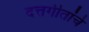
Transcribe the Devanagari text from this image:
दत्तगीतांचे